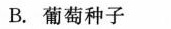
B.葡萄种子